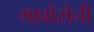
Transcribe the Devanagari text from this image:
गाबोरोनी